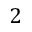
2